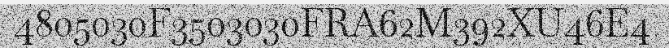
4805030F3503030FRA62M392XU46E4